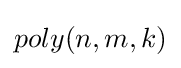
poly(n,m,k)